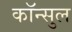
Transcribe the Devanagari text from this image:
कॉन्सुल